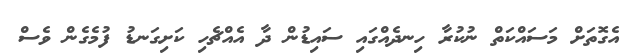
އެގޮތަށް މަސައްކަތް ނުކުރާ ހިނދެއްގައި ސައިޑުން ދާ އެއްޗެހި ކަށިގަނޑު ފުމެގެން ވެސް